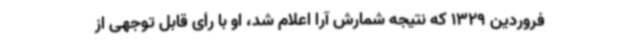
فروردین 1329 که نتیجه شمارش آرا اعلام شد، او با رأی قابل توجهی از